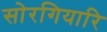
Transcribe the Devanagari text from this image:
सोरगियारि